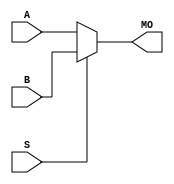
module bmux21 (MO,
               A,
               B,
               S);
    input [10:0] A, B;
    input S;
    output [10:0] MO; 
    assign MO = (S == 1) ? B : A; 
endmodule